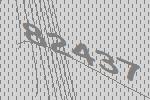
82437